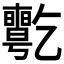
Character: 𠄊